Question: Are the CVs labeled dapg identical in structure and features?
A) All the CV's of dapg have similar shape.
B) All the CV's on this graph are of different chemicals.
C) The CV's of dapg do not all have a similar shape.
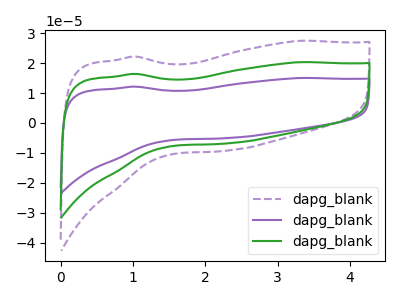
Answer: <think>The purple dashed curve "dapg_blank1" has no peaks. The purple curve "dapg_blank2" has no peaks. The green curve "dapg_blank3" has no peaks.
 Neither "dapg_blank1" or "dapg_blank2" have any peaks. Neither "dapg_blank1" or "dapg_blank3" have any peaks. Neither "dapg_blank2" or "dapg_blank3" have any peaks.</think>
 <answer>A) All the CV's of "dapg" have similar shape.</answer>
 <eval>A</eval>